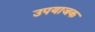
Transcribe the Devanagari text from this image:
उपयाजक